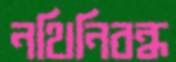
নথিনিবন্ধ